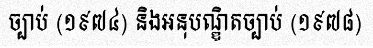
ច្បាប់ (១៩៧៤) និងអនុបណ្ឌិតច្បាប់ (១៩៧៨)